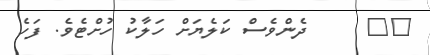
٣٥     ދެންވެސް ކަލެޔަށް ހަލާކު ހުށްޓެވެ. ފަހެ